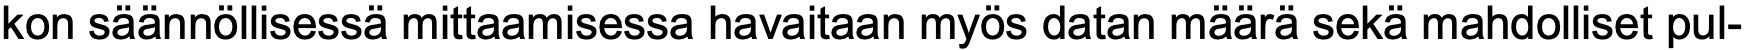
kon säännöllisessä mittaamisessa havaitaan myös datan määrä sekä mahdolliset pul-